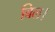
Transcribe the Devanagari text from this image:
बिल।